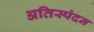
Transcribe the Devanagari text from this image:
अतिस्पंदन